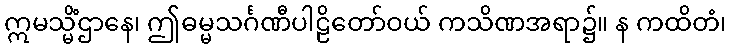
ဣမသ္မိံဌာနေ၊ ဤဓမ္မသင်္ဂဏီပါဠိတော်ဝယ် ကသိဏအရာ၌။ န ကထိတံ၊